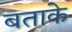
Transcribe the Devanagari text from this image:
बताके